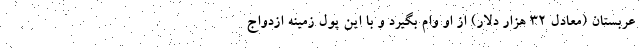
عربستان (معادل ۳۲ هزار دلار) از او وام بگیرد و با این پول زمینه ازدواج